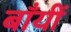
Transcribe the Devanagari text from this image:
बाँयीं